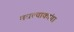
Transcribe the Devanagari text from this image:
मधल्याकांग्रा